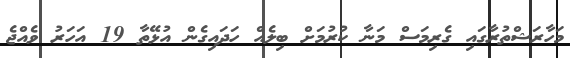
މަހާރަޝްތުރާގައި ގެރިމަސް މަނާ ކުރުމަށް ބިލެއް ހަދައިގެން އުޅޭތާ 19 އަަހަރު ވެއްޖެ